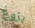
بزوغ